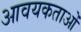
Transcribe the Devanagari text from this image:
आवयकताओं